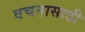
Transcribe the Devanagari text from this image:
वचनासाठी